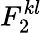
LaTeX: F_{2}^{kl}